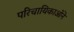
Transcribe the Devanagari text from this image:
परिचायिकाओंने